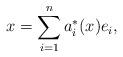
LaTeX: \begin{align*} x = \sum_{i = 1}^n a^*_i(x)e_i,\end{align*}